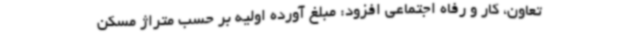
تعاون، کار و رفاه اجتماعی افزود: مبلغ آورده اولیه بر حسب متراژ مسکن